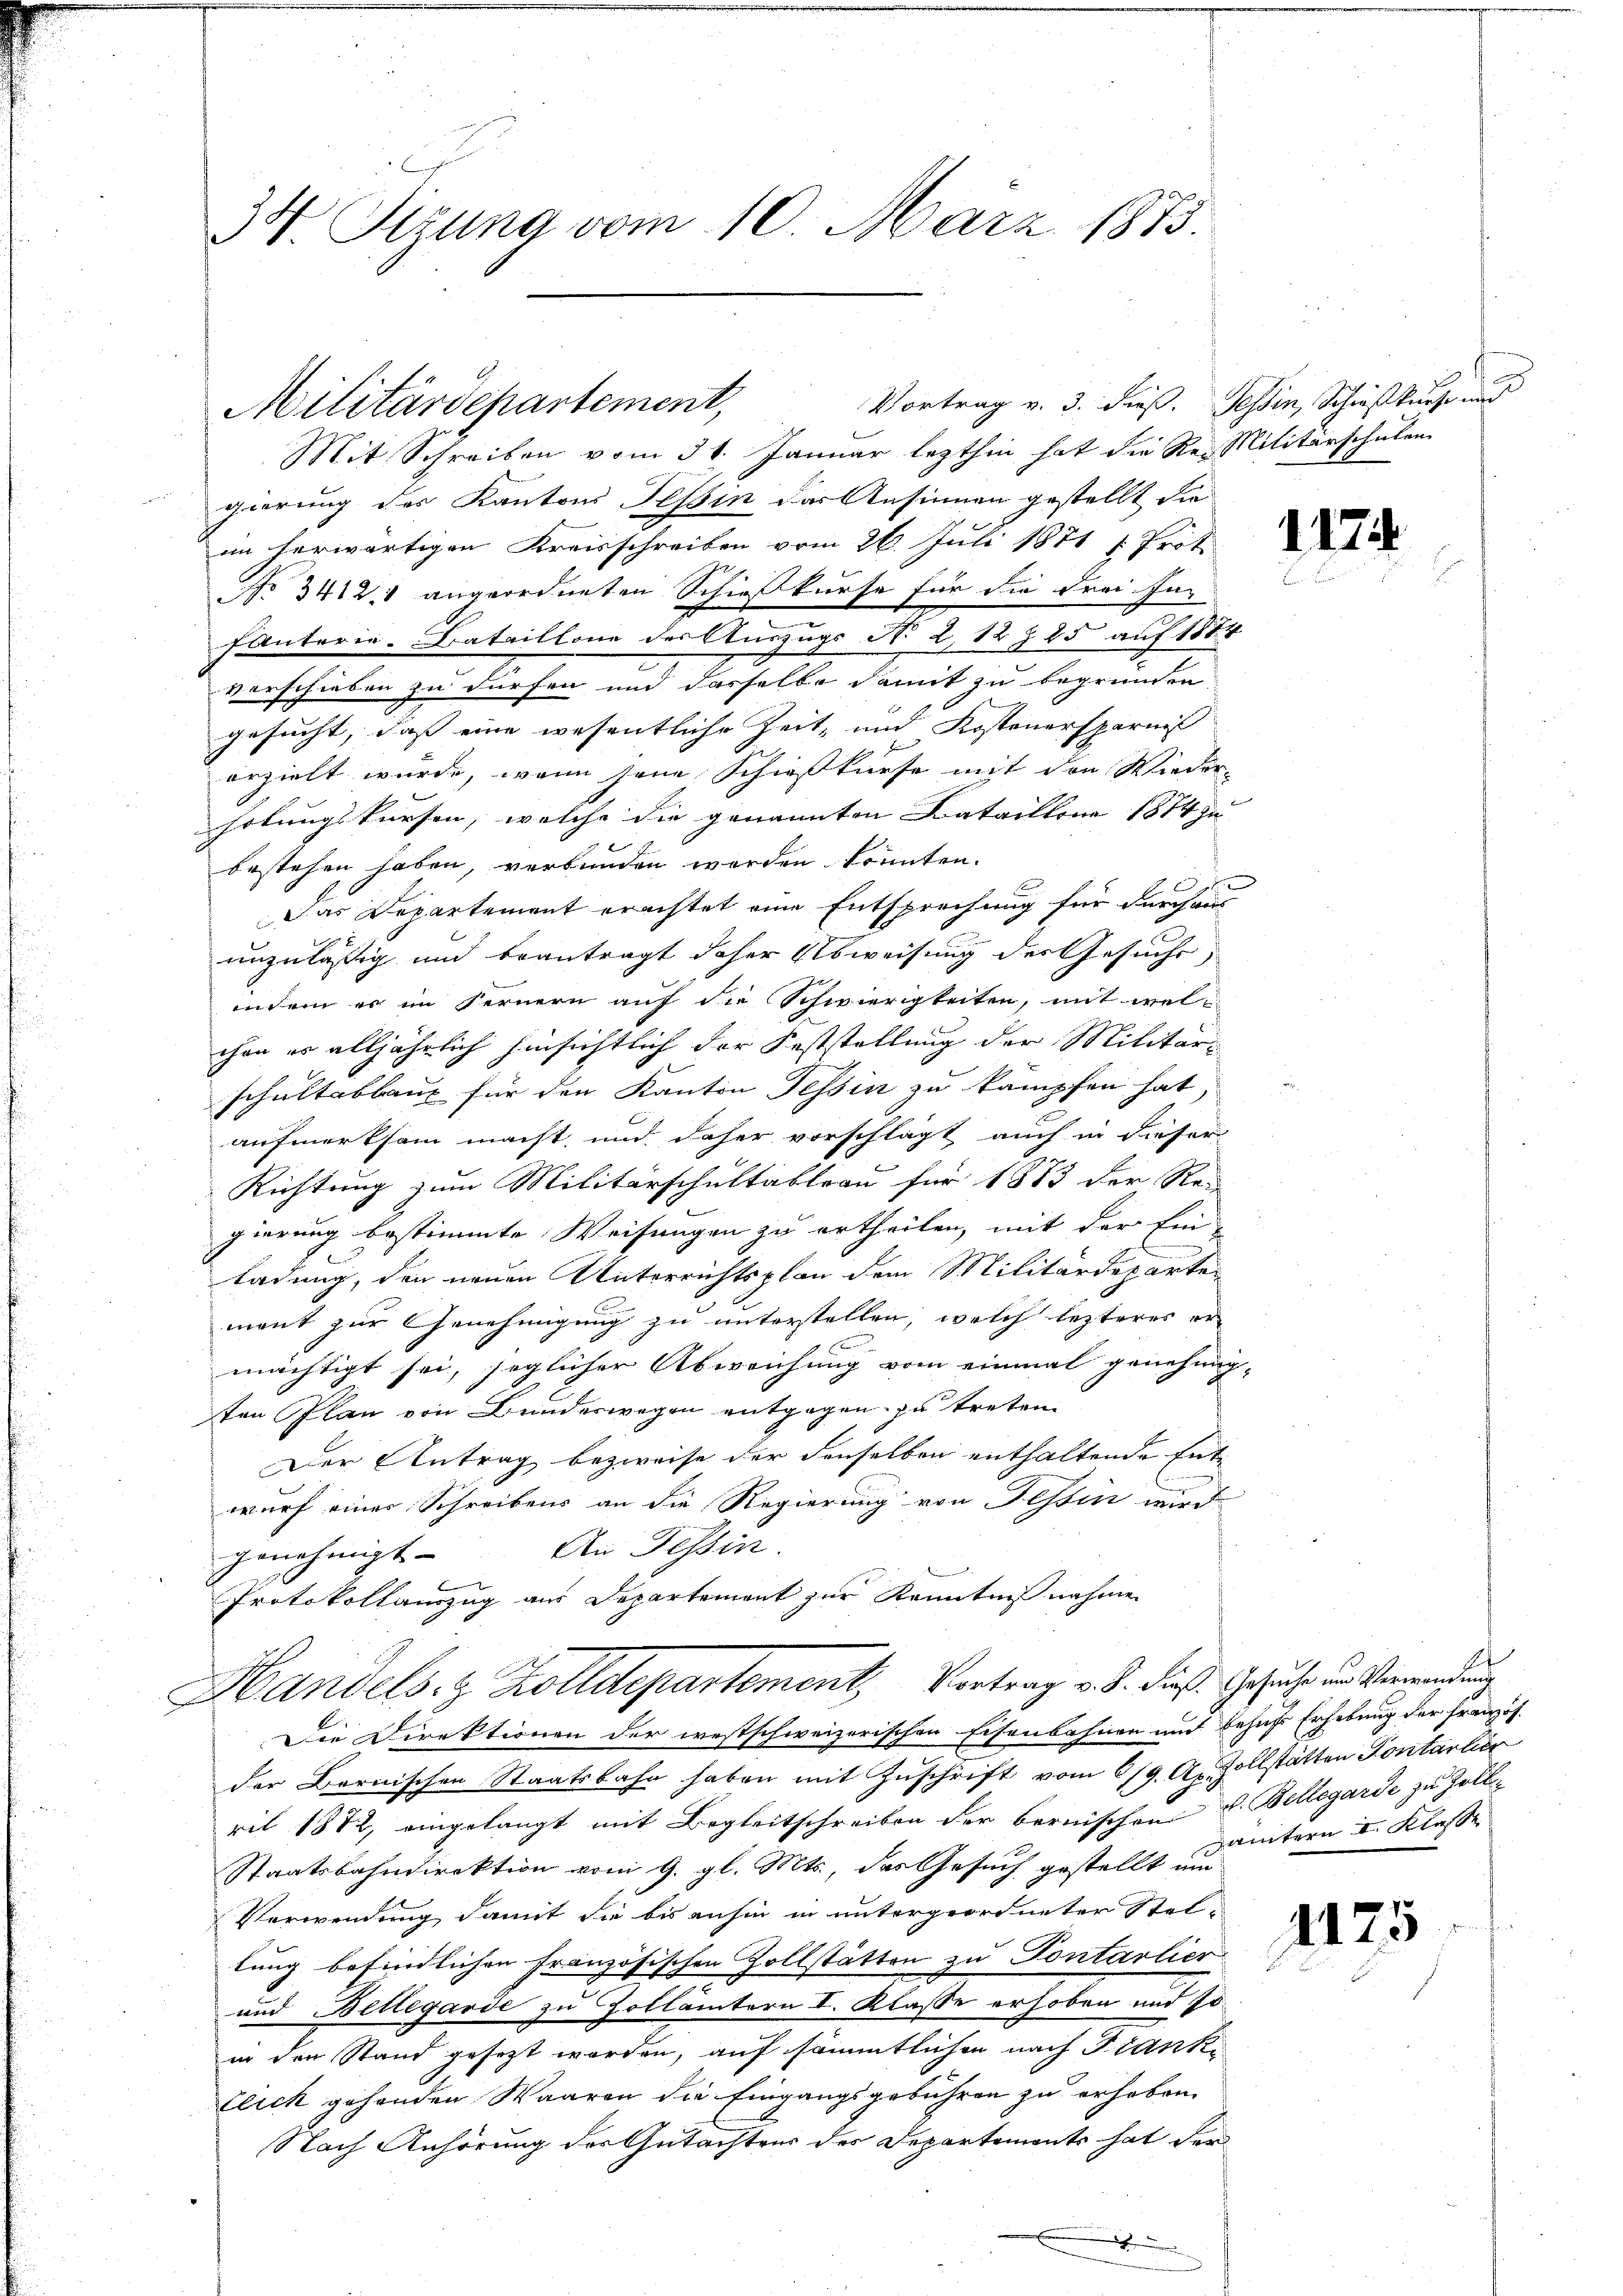
34. Sizung vom 10. März 1873.

Militärdepartement,

Vortrag v. 3. dieß. Tessin, Schreskurs und
Mit Schreiben vom 31. Januar lezthin hat die Re-Militärschulen
esner
gierung des Kantons Tessin das Ansinnen gestellt die
im herwärtigen Kreisschreiben vom 26. Juli 1871 s. Prot
No 3412 1 angeordneten Schießkurse für die Freihe
fanterie-Bataillone des Auszugs No 2, 12 § 25 auf 1884
vorschieben zu dürfen und dasselbe damit zu begründen
x
gesucht, daß eine wesentliche Zeit, und Kostenersparniß
erzielt wurde, wenn seine Schießkurse mit den Wieder-
holungskursen, welche die genannten Bataillone 1874 zu
bestehen haben, verbunden worden könnten.
A
Das Departement erachtet eine Entsprechung für durchau
unzulässig und beantragt daher Abweisung des Gesuche
indem er im Fernern auf die Schwierigkeiten, mit welchen es alljährlich hinsichtlich der Feststellung der Militär-
schultabbau für den Kanton Tessin zu kämpfen hat,
aufmerksam macht, und daher vorschlägt auch in dieser
Richtung zum Militärschultableau für 1883 der Re-
gierung bestimmte Weisungen zu ertheilen, mit der Ein-
ladung, den neuen Unterrichtsplan dem Militärdeparte
ment zur Genehmigung zu unterstellen, welch lezteres er
mächtigt sei, jeglicher Abweichung vom einmal genehmig-
ten Plan von Bundeswegen entgegen zu treten.
Der Antrag bezweife der denselben enthaltende Ent-
wurf einer Schreibens an die Regierung von Tessin wird
genehmigt. An Tessin.
Protokollauszug aus Departement zur Kenntnißnahme
Handels- & Zolldepartement, Vortrag v. S. diese Gesuche und Verwendung
Die Direktionen der westschweizerischen Eisenbahnen und behufs Erhebung der Französ.
der Bernischen Staatsbahn haben mit Zuschrift vom 619. Ap. vollstätten Fontarle
ril 1872, eingelangt mit Begleitschreiben der bernischen v. Bellegarde zu Zoll-
Staatsbahndirektion vom 9. gl. Mts., des Gesuch gestellt um
Verwendung damit die bis anhin in untergeordneter Stel-
lung befindlichen Französischen Zollstätten zu Pontarlier
und Bellegarde zu Hollämtern I. Klasse erhoben und 10.
in den Stand gesezt worden, auf sämmtlichen nach Franke
Elick gehenden Waaren die Eingangsgebühren zu erhaben.
Nach Anhörung der Gutachtens der Departements hat der

A
ämtern I. Klasse

1175